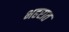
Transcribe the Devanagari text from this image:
भहरात